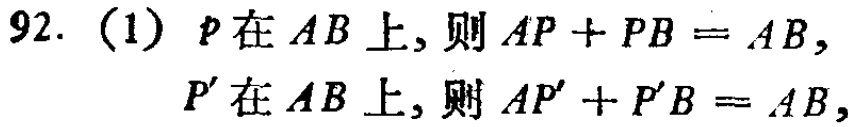
92. (1) \(p\)在\(AB\)上, 则\(AP + PB = AB\),
\(P'\)在\(AB\)上, 则\(AP' + P'B = AB\),